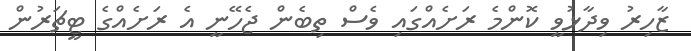
ޒާހިރު ވިދާޅުވީ ކޮންމެ ރަށެއްގައި ވެސް ތިބެން ޖެހޭނީ އެ ރަށެއްގެ ޓީޗަރުން